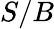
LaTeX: S/B